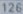
126